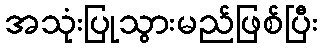
အသုံးပြုသွားမည်ဖြစ်ပြီး